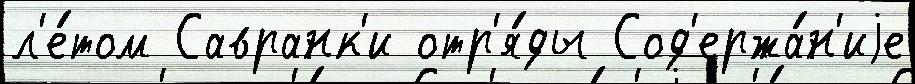
л'е́том Савранк'и отр'я́ды Сод'ержа́н'иjе